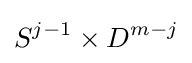
S^{j-1}\times D^{m-j}